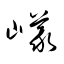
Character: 嶬